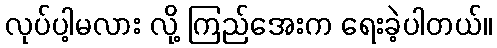
လုပ်ပါ့မလား လို့ ကြည်အေးက ရေးခဲ့ပါတယ်။